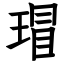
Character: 瑁